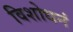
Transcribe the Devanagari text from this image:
विशोधनं